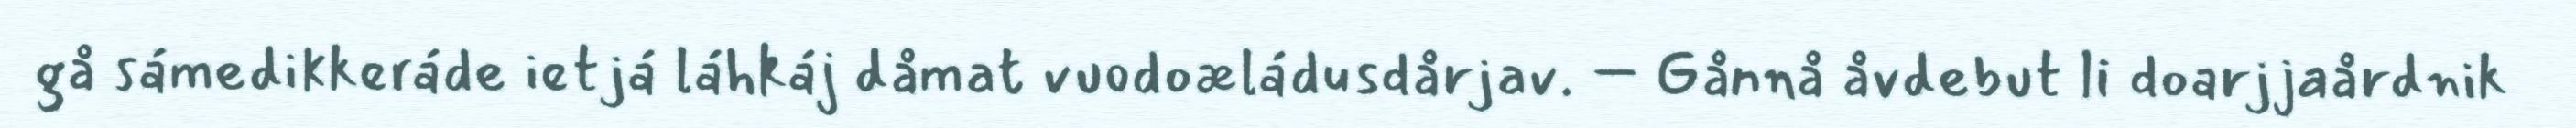
gå sámedikkeráde ietjá láhkáj dåmat vuodoæládusdårjav. – Gånnå åvdebut li doarjjaårdnik